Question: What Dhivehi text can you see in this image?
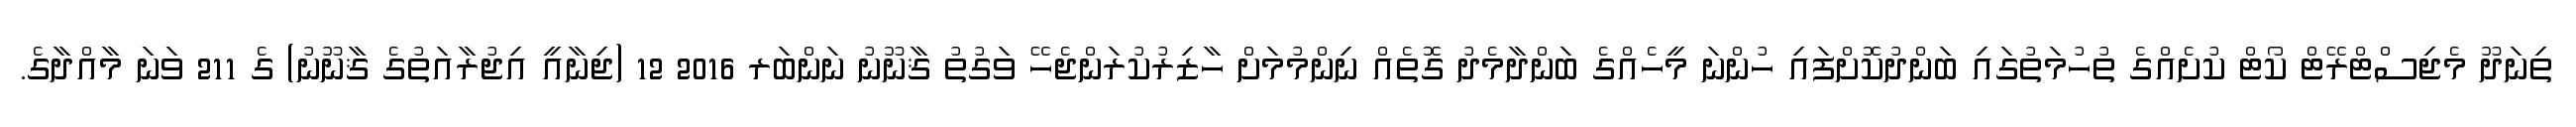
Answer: ތިނަދޫ މެޖިސްޓްރޭޓް ކޯޓް ކުށެއްގެ ތުހުމަތުގައި ބަންދުކޮށްފައި ހުންނަ މީހެއްގެ ބަންދާމެދު ގޮތެއް ނިންމުމަށް ހާޒިރުކުރަންޖެހޭ ވަގުތު ޤާނޫނު ނަންބަރ 2016 12 (ޖިނާއީ އިޖުރާއަތުގެ ޤާނޫނު) ގެ 211 ވަނަ މާއްދާގެ.